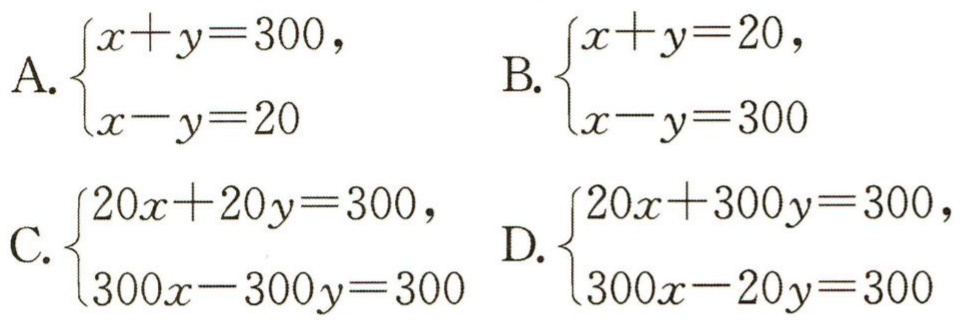
A. \(\begin{cases}x + y = 300, \\x - y = 20\end{cases}\)  B. \(\begin{cases}x + y = 20, \\x - y = 300\end{cases}\)  C. \(\begin{cases}20x + 20y = 300, \\300x - 300y = 300\end{cases}\)  D. \(\begin{cases}20x + 300y = 300, \\300x - 20y = 300\end{cases}\)